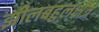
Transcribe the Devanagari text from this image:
झीलबहुलक्षेत्र